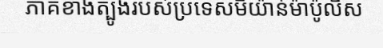
ភាគខាងត្បូងរបស់ប្រទេសមីយ៉ាន់ម៉ាប៉ូលីស